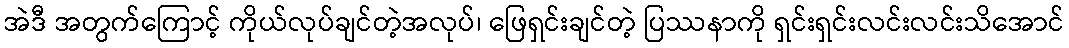
အဲဒီ အတွက်ကြောင့် ကိုယ်လုပ်ချင်တဲ့အလုပ်၊ ဖြေရှင်းချင်တဲ့ ပြဿနာကို ရှင်းရှင်းလင်းလင်းသိအောင်